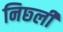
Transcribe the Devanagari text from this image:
निछ्ली